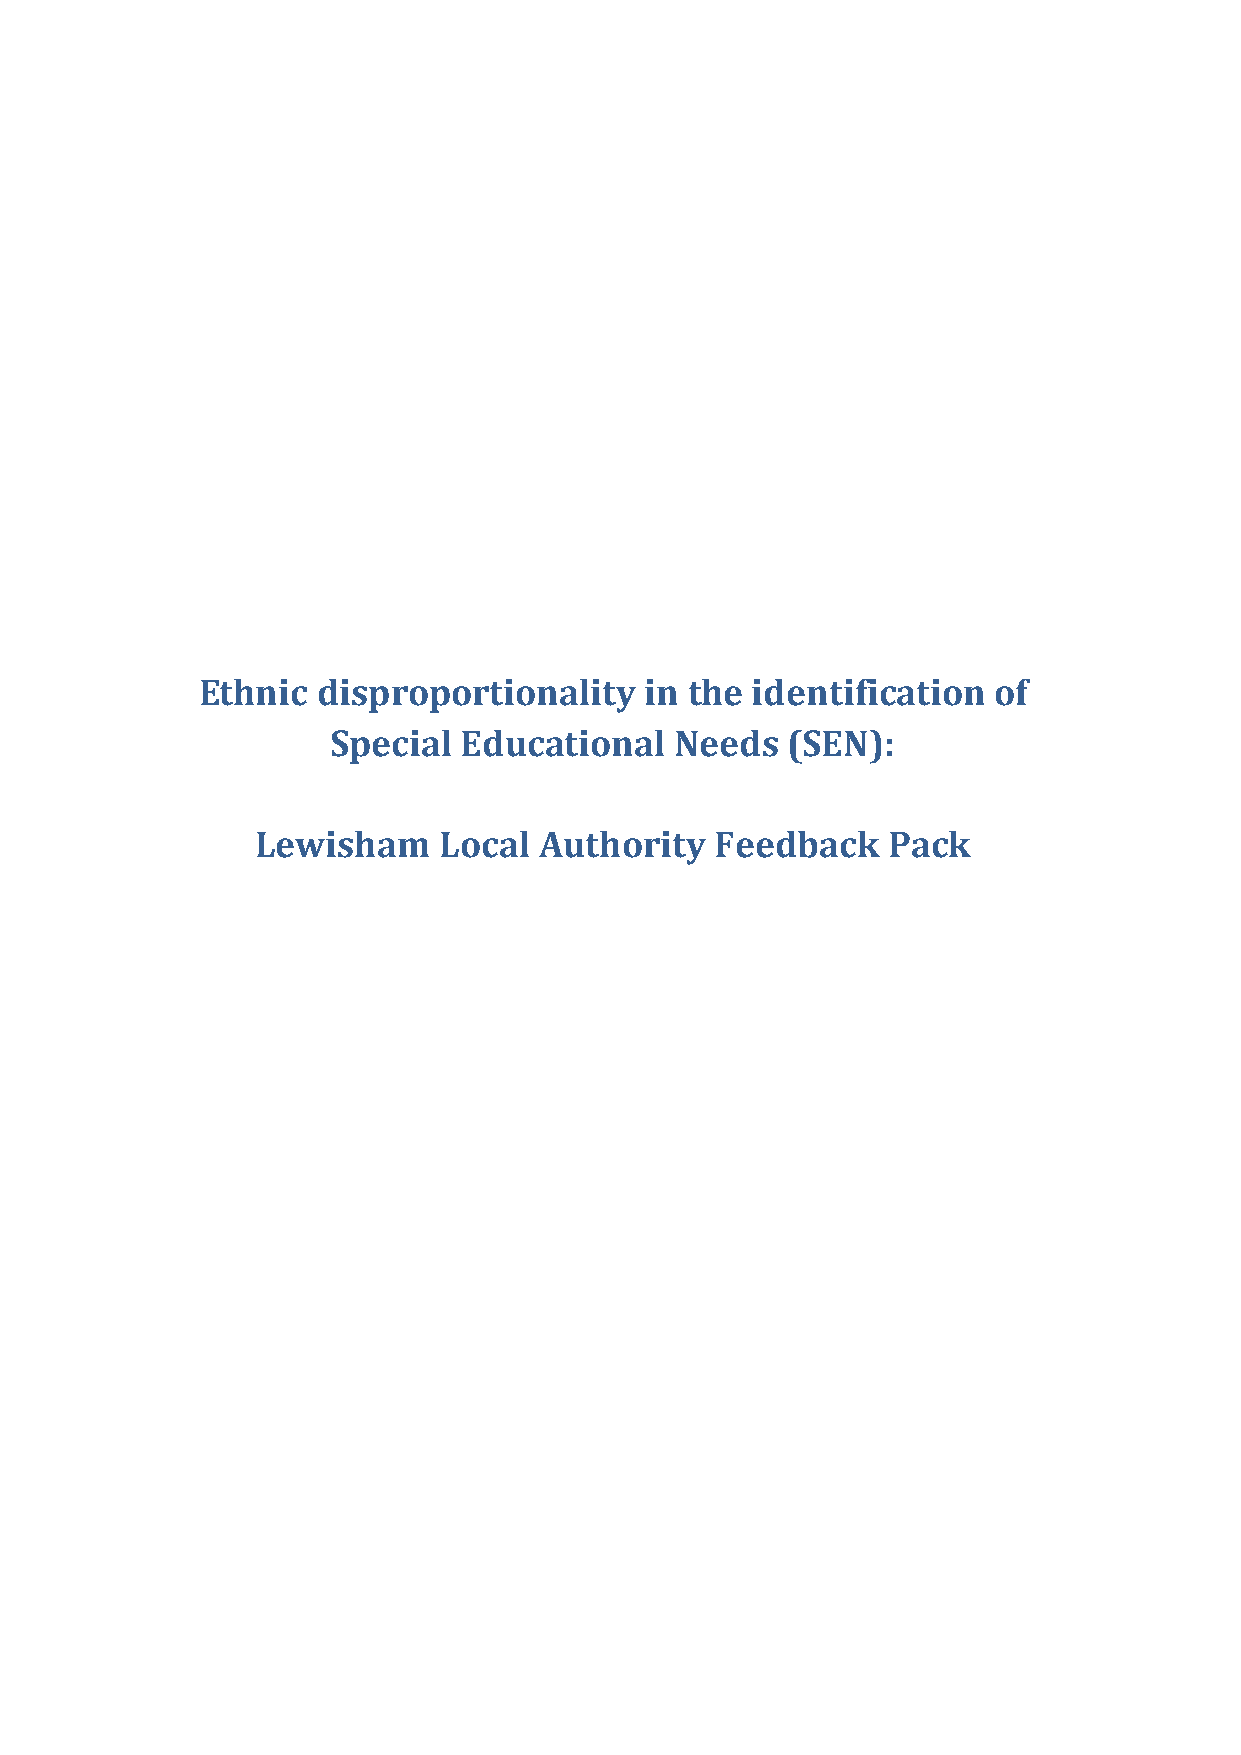
Ethnic  disproportionality    in the identification  of
 Special  Educational   Needs  (SEN):
 Lewisham    Local  Authority  Feedback    Pack